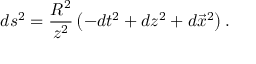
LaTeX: d s ^ { 2 } = \frac { R ^ { 2 } } { z ^ { 2 } } \left( - d t ^ { 2 } + d z ^ { 2 } + d \vec { x } ^ { 2 } \right) .